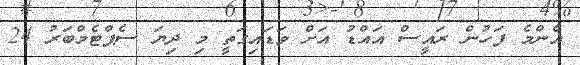
އެންމެ ފަހުން ރައީސް އައްޑު އަށް ވަޑައިގަތީ މި ދިޔަ ސެޕްޓެމްބަރު 24